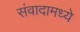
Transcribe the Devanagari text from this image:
संवादामध्ये